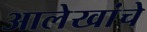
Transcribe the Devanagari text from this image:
आलेखांचे